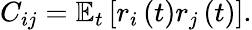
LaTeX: C_{ij}=\mathbb{E}_{t}\left[r_{i}\left(t\right)r_{j}\left(t\right)\right].